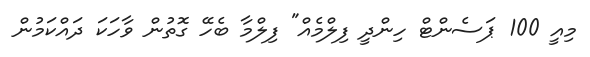
މިއީ 100 ޕަސެންޓް ހިންދީ ފިލްމެއް" ފިލްމާ ބެހޭ ގޮތުން ވާހަކަ ދައްކަމުން